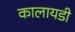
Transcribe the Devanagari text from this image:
कालायडी